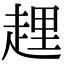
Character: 𧻲